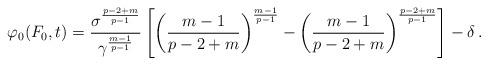
LaTeX: \begin{align*}\varphi_0(F_0,t)=\frac{\sigma^{\frac{p-2+m}{p-1}}}{\gamma^{\frac{m-1}{p-1}}}\left[\left( \frac{m-1}{p-2+m}\right)^{\frac{m-1}{p-1}} -\left(\frac{m-1}{p-2+m}\right)^{\frac{p-2+m}{p-1}}\right] -\delta \, .\end{align*}